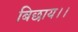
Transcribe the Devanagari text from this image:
बिछाय।।